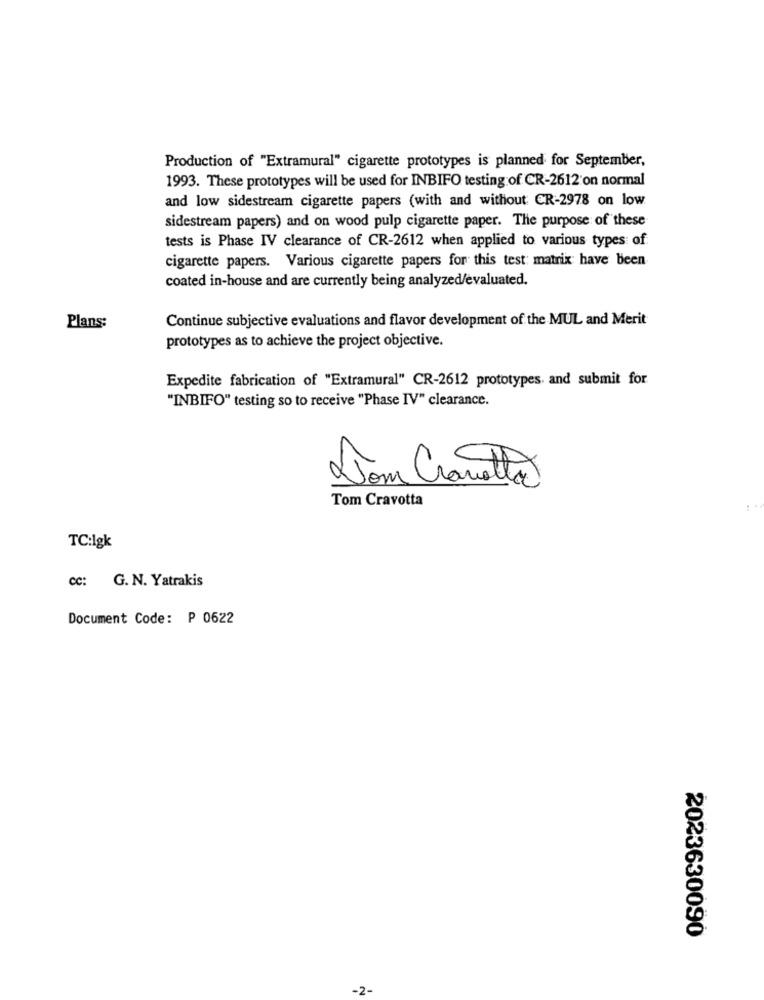
Production of "Extramural" cigarette prototypes is planned for September,
1993. These prototypes will be used for INBIFO testing of CR-2612 on normal
and low sidestream cigarette papers (with and without CR-2978 on low
sidestream papers) and on wood pulp cigarette paper. The purpose of these
tests is Phase IV clearance of CR-2612 when applied to various types of
cigarette papers. Various cigarette papers for this test: matrix have been
coated in-house and are currently being analyzed/evaluated.
Continue subjective evaluations and flavor development of the MUL and Merit
Plans:
prototypes as to achieve the project objective.
Expedite fabrication of "Extramural" CR-2612 prototypes. and submit for
"INBIFO" testing so to receive "Phase IV" clearance.
Nom
Grand
Tom Cravotta
TC:1gk
cc: G. N. Yatrakis
Document Code: P 0622
2023630090
-2-